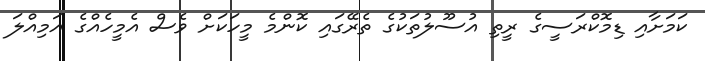
ކަމަށާއި ޑިމޮކްރަސީގެ ރީތި އުސޫލުތަކުގެ ތެރޭގައި ކޮންމެ މީހަކަށް ވެސް އެމީހެއްގެ އަމިއްލަ